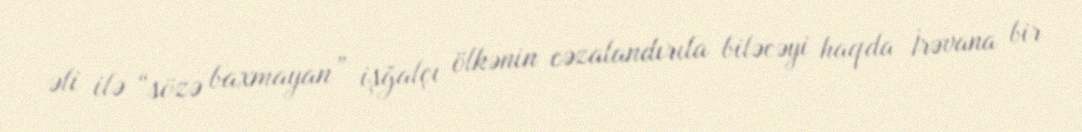
əli ilə “sözə baxmayan” işğalçı ölkənin cəzalandırıla biləcəyi haqda İrəvana bir